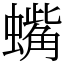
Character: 蟕